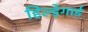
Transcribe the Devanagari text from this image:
हिल्ड़ेगार्ड